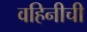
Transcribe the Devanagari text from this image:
वहिनीची